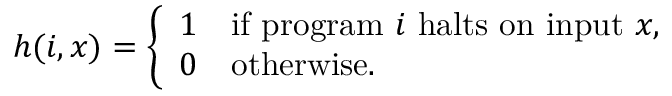
h ( i , x ) = { \left\{ \begin{array} { l l } { 1 } & { { \mathrm { i f ~ } } { \mathrm { p r o g r a m ~ } } i { \mathrm { ~ h a l t s ~ o n ~ i n p u t ~ } } x , } \\ { 0 } & { { \mathrm { o t h e r w i s e . } } } \end{array} \right. }